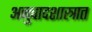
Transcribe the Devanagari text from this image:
अनुवादशास्त्रात